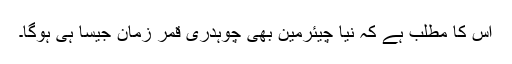
اس کا مطلب ہے کہ نیا چیئرمین بھی چوہدری قمر زمان جیسا ہی ہوگا۔